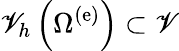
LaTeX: {\mathscr V}_{h}\left(\Omega^{\left(\mathrm{e}\right)}\right)\subset{\mathscr V}